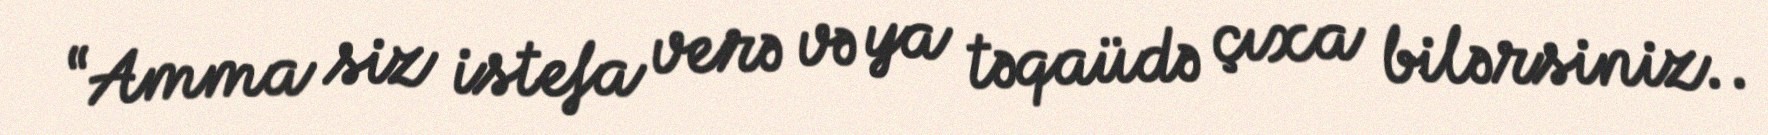
“Amma siz istefa verə və ya təqaüdə çıxa bilərsiniz..